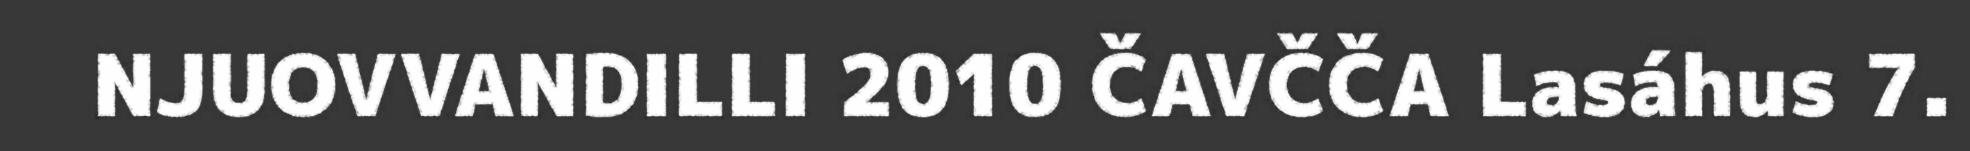
NJUOVVANDILLI 2010 ČAVČČA Lasáhus 7.